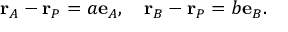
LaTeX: \mathbf { r } _ { A } - \mathbf { r } _ { P } = a \mathbf { e } _ { A } , \quad \mathbf { r } _ { B } - \mathbf { r } _ { P } = b \mathbf { e } _ { B } .